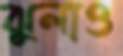
ঝুলাও